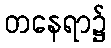
တနေရာ၌